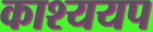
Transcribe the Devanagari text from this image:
काश्ययप